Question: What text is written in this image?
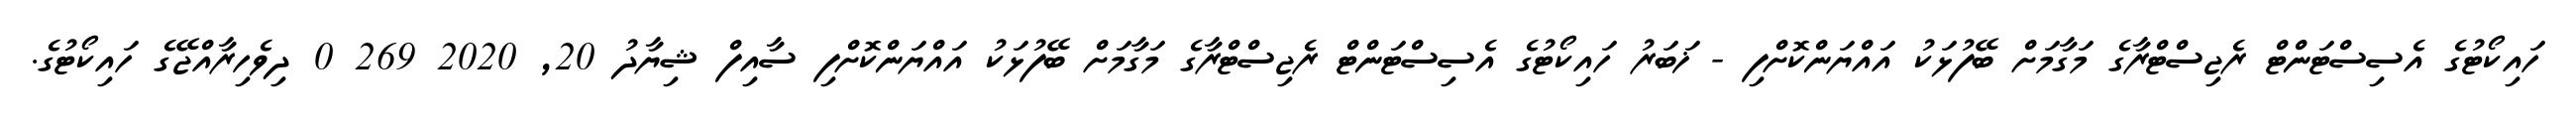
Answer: ހައިކޯޓުގެ އެސިސްޓަންޓް ރެޖިސްޓްރާގެ މަގާމަށް ބޭފުޅަކު އައްޔަންކޮށްފި - ޚަބަރު ހައިކޯޓުގެ އެސިސްޓަންޓް ރެޖިސްޓްރާގެ މަގާމަށް ބޭފުޅަކު އައްޔަންކޮށްފި ސާއިފް ޝިޔާދު 20, 2020 269 0 ދިވެހިރާއްޖޭގެ ހައިކޯޓުގެ.